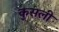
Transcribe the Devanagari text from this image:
कुसली